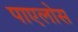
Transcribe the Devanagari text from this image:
पाएलोस